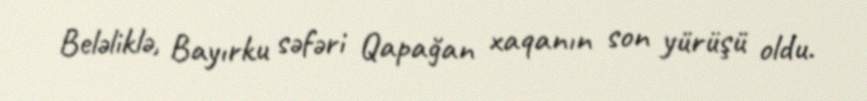
Beləliklə, Bayırku səfəri Qapağan xaqanın son yürüşü oldu.